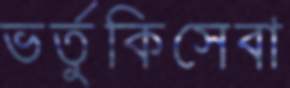
ভর্তুকিসেবা